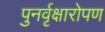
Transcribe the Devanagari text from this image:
पुनर्वृक्षारोपण